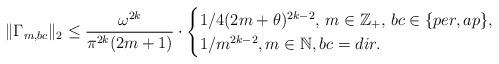
LaTeX: \begin{align*}\|\Gamma_{m, bc}\|_2\leq \frac{\omega^{2k}}{\pi^{2k}(2m+1)}\cdot\begin{cases}1/4(2m+\theta)^{2k-2}, \, m\in\mathbb{Z}_+, \, bc\in\{per, ap\}, \\1/m^{2k-2}, m\in\mathbb{N}, bc=dir.\end{cases}\end{align*}